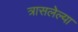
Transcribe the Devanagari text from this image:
त्रासलेल्या